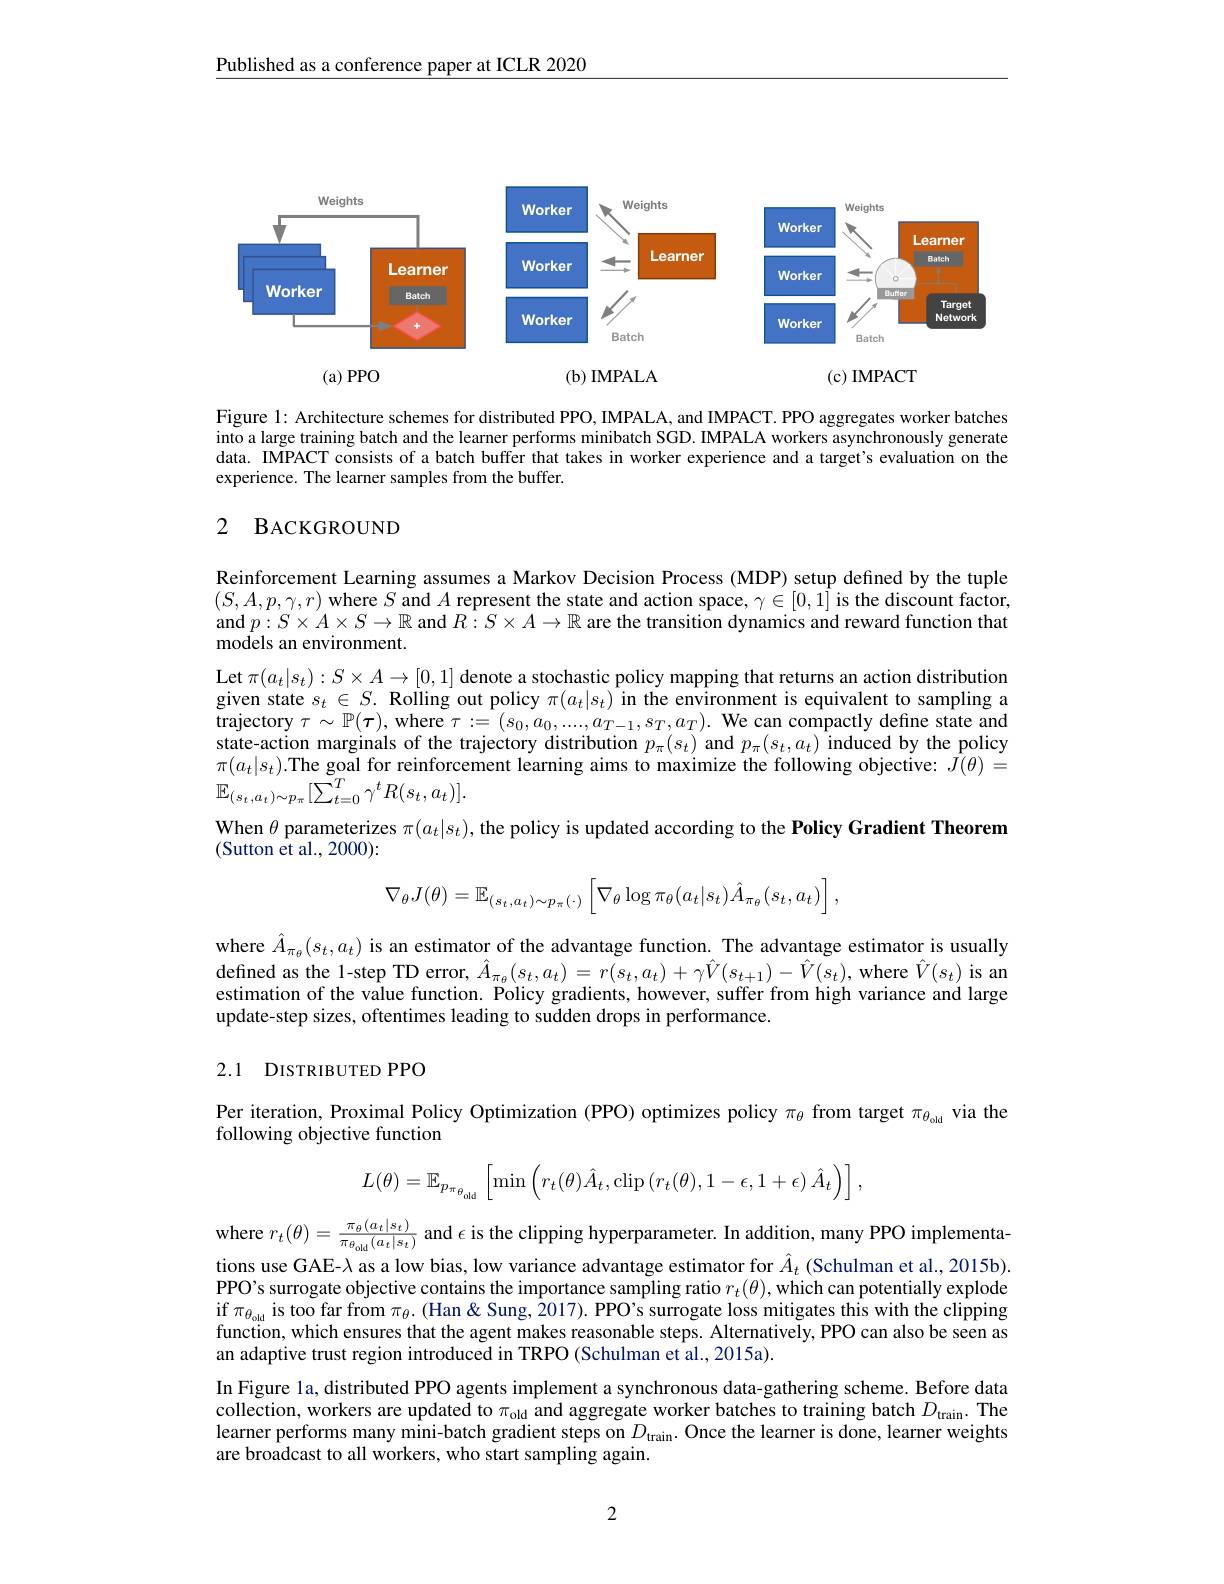
$\underline{\text{Published as a conference paper at ICLR 2020}}$

<FigureHere>

(b) IMPALA

(c) IMPACT

$(a)PPO$

Figure 1: Architecture schemes for distributed PPO, IMPALA, and IMPACT. PPO aggregates worker batches into a large training batch and the learner performs minibatch SGD. IMPALA workers asynchronously generate data. IMPACT consists of a batch buffer that takes in worker experience and a target's evaluation on the experience. The learner samples from the buffer.

### 2 BACKGROUND

Reinforcement Learning assumes a Markov Decision Process (MDP) setup defined by the tuple $(S,A,p,\gamma,r)$ where $S$ and $A$ represent the state and action space, $\gamma\in[0,1]$ is the discount factor, and $p:S\times A\times S\to\mathbb{R}$ and $R:S\times A\to\mathbb{R}$ are the transition dynamics and reward function that models an environment.
$\operatorname*{Let}\pi(a_{t}|s_{t}):S\times A\to[0,1]$ denote a stochastic policy mapping that returns an action distribution given state $s_t\in S. \textbf{Rolling out policy }\pi ( a_t| s_t)$ in the environment is equivalent to sampling a trajectory $\tau \sim \mathbb{P} ( \boldsymbol{\tau }) $,where $\tau:=(s_0,a_0,...,a_{T-1},s_T,a_T).$ We can compactly define state and state-action marginals of the trajectory distribution $p_\pi(s_t)$ and $p_\pi(s_t,a_t)$ induced by the policy $\pi(a_{t}|s_{t}).$The goal for reinforcement learning aims to maximize the following objective: $\hat{J}(\theta)=$ $\mathbb{E}_{(s_{t},a_{t})\sim p_{\pi}}[\sum_{t=0}^{T}\gamma^{t}R(s_{t},a_{t})].$
When $\theta$ parameterizes $\pi(a_t|s_t)$, the policy is updated according to the Policy Gradient Theorem
(Sutton et al., 2000):
$$\nabla_\theta J(\theta)=\mathbb{E}_{(s_t,a_t)\sim p_\pi(\cdot)}\left[\nabla_\theta\log\pi_\theta(a_t|s_t)\hat{A}_{\pi_\theta}(s_t,a_t)\right],$$
where $\hat{A}_{\pi_\theta}(s_t,a_t)$ is an estimator of the advantage function. The advantage estimator is usually defined as the 1-step TD error, $\hat{A}_{\pi_{\theta}}(s_{t},a_{t})=r(s_{t},a_{t})+\gamma\hat{V}(s_{t+1})-\hat{V}(s_{t})$,where $\hat{V}(s_{t})$ is an estimation of the value function. Policy gradients, however, suffer from high variance and large update-step sizes, oftentimes leading to sudden drops in performance.

## 2.1 DISTRIBUTED PPO

Per iteration, Proximal Policy Optimization (PPO) optimizes policy $\pi_{\theta}$ from target $\pi_\mathrm{\theta_\mathrm{old}}$ via the
following objective function
$$L(\theta)=\mathbb{E}_{p_{\pi_{\theta_{\mathrm{old}}}}}\left[\min\left(r_{t}(\theta)\hat{A}_{t},\mathrm{clip}\left(r_{t}(\theta),1-\epsilon,1+\epsilon\right)\hat{A}_{t}\right)\right],$$
$\text{where }r_t(\theta)=\frac{\pi_\theta(a_t|s_t)}{\pi_\theta_{\text{old}}(a_t|s_t)}\mathrm{~and~\epsilon~is~the~clipping~hyperparameter.~In~addition,~many~PPO~implementa-}$ $\text{tions use GAE-\lambda as a low bias, low variance advantage estimator for }\hat{A}_t\text{ (Schulman et al.,2015b).}$ PPO's surrogate objective contains the importance sampling ratio $r_t(\theta)$,which can potentially explode $\inf\pi_{\theta_\mathrm{od}}$ is too far from $\pi_\theta.($Han &Sung, $\bar2017).$ PPO's surrogate loss mitigates this with the clipping function, which ensures that the agent makes reasonable steps. Alternatively, PPO can also be seen as an adaptive trust region introduced in TRPO (Schulman et al., 2015a).
In Figure la, distributed PPO agents implement a synchronous data-gathering scheme. Before data collection, workers are updated to $\pi_\mathrm{old}$ and aggregate worker batches to training batch $D_\mathrm{train}.$ The learner performs many mini-batch gradient steps on $D_\mathrm{train}.$ Once the learner is done, learner weights are broadcast to all workers, who start sampling again.

2